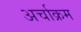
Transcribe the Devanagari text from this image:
अर्चाक्रम